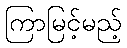
ကြာမြင့်မည့်